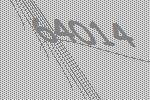
64014